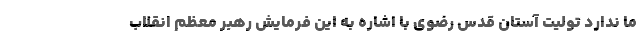
ما ندارد تولیت آستان قدس رضوی با اشاره به این فرمایش رهبر معظم انقلاب